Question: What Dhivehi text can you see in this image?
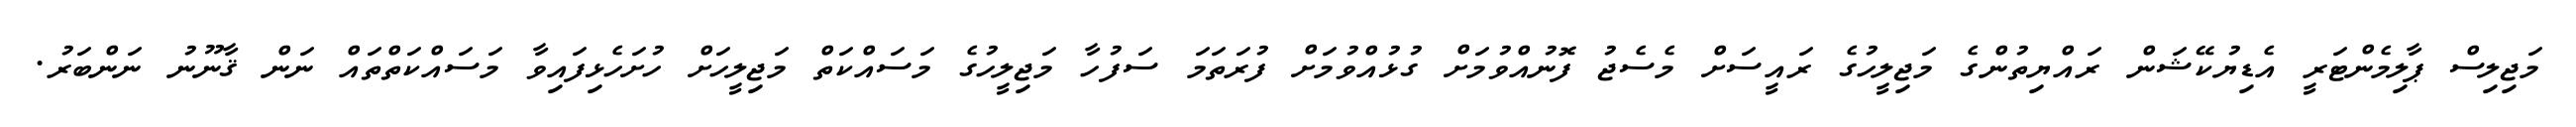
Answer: މަޖިލިސް ޕާލިމެންޓަރީ އެޑިޔުކޭޝަން ރައްޔިތުންގެ މަޖިލީހުގެ ރައީސަށް މެސެޖު ފޮނުއްވުމަށް ގުޅުއްވުމަށް ފުރަތަމަ ސަފުހާ މަޖިލީހުގެ މަސައްކަތް މަޖިލީހަށް ހުށަހެޅިފައިވާ މަސައްކަތްތައް ނަން ޤާނޫނު ނަންބަރު.